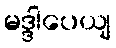
မဒ္ဒါပေယျ